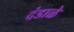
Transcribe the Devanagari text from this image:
दंडाळे